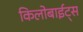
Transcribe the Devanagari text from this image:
किलोबाईट्स